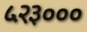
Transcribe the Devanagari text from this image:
५२३०००